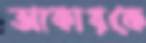
আকারকে